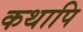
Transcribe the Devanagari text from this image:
कथापि